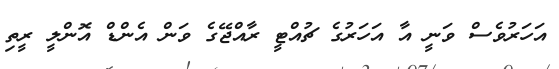
އަހަރުވެސް ވަނީ އާ އަހަރުގެ ޗުއްޓީ ރާއްޖޭގެ ވަން އެންޑް އޮންލީ ރީތި